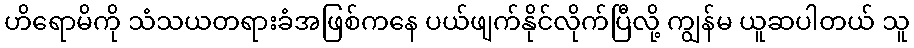
ဟိရောမိကို သံသယတရားခံအဖြစ်ကနေ ပယ်ဖျက်နိုင်လိုက်ပြီလို့ ကျွန်မ ယူဆပါတယ် သူ